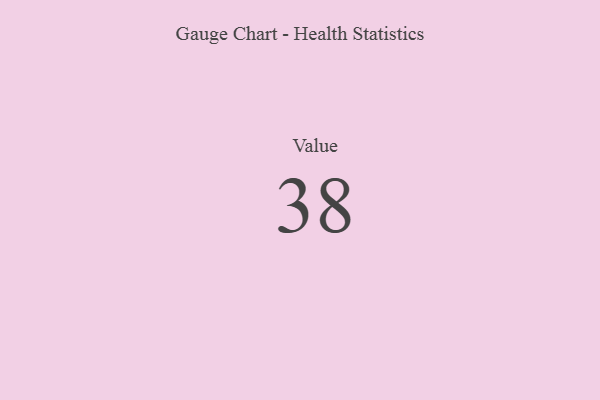
{"axis": {"x": "Metric", "y": "Value"}, "legend": [""], "data": [{"x": "Value", "y": 38, "type": ""}]}